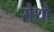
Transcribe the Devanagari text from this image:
सेथो